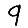
Digit: 9